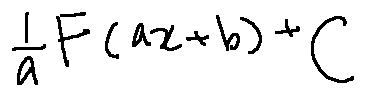
\frac { 1 } { a } F ( a x + b ) + C